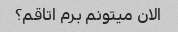
الان میتونم برم اتاقم؟